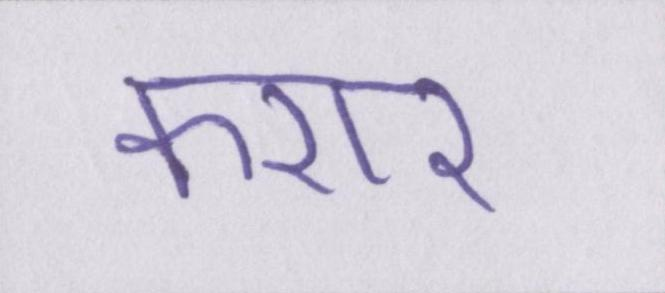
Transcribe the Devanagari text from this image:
करार